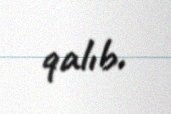
qalıb.